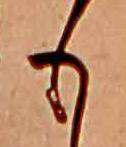
も